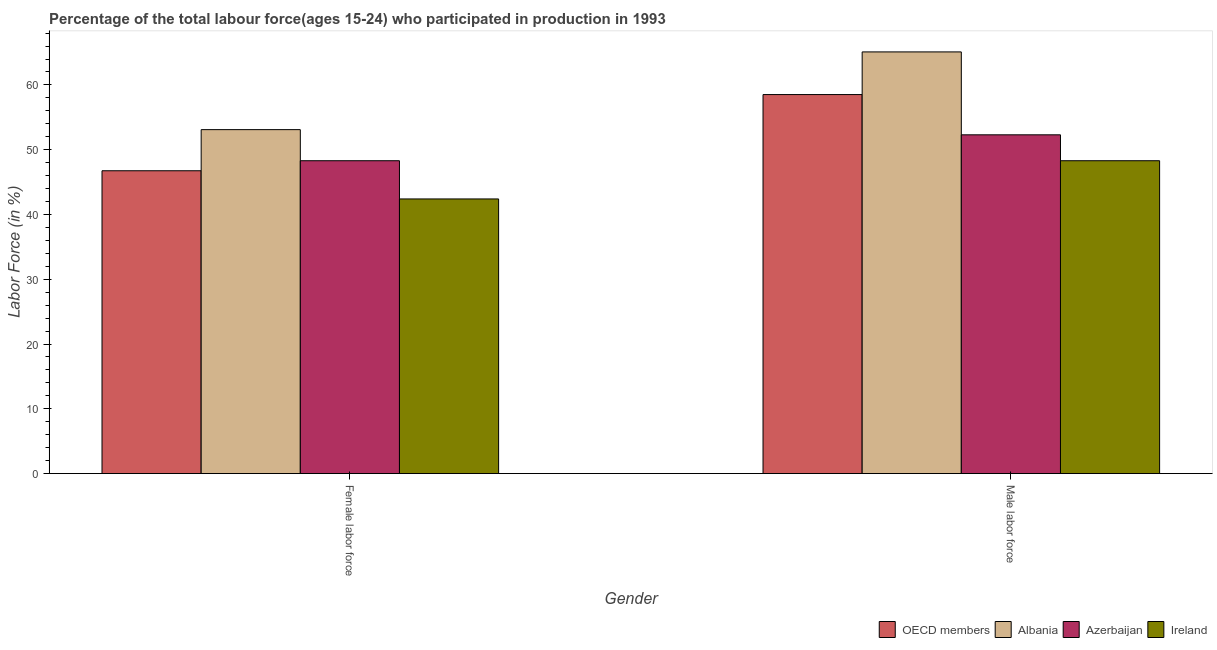
| Gender | OECD members | Albania | Azerbaijan | Ireland |
 | --- | --- | --- | --- | --- |
 | Female labor force | 46.8 | 53.1 | 48.3 | 42.4 |
 | Male labor force | 58.5 | 65.1 | 52.3 | 48.3 |